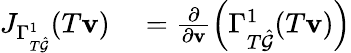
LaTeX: \begin{array}{rl}{J_{\Gamma_{T\hat{\mathcal{G}}}^{1}}(T\mathbf{v})}&{{}=\frac{\partial}{\partial\mathbf{v}}\left(\Gamma_{T\hat{\mathcal{G}}}^{1}(T\mathbf{v})\right)}\end{array}